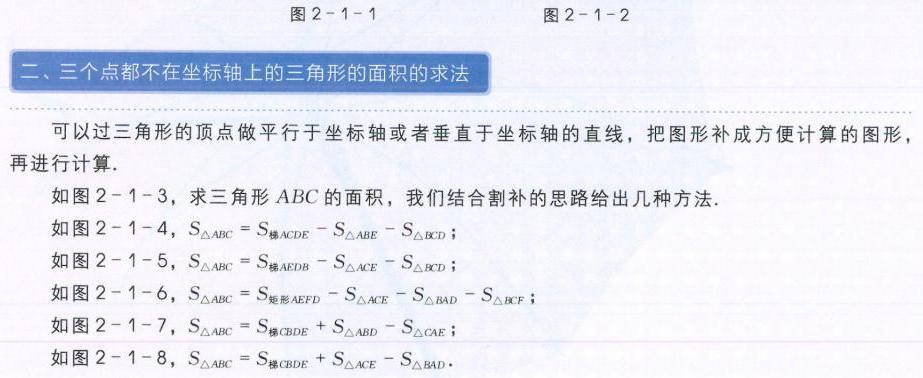
### 二、三个点都不在坐标轴上的三角形的面积的求法
可以过三角形的顶点做平行于坐标轴或者垂直于坐标轴的直线，把图形补成方便计算的图形，再进行计算.
如图2 - 1 - 3，求三角形 \(ABC\) 的面积，我们结合割补的思路给出几种方法.
如图2 - 1 - 4，\(S_{\triangle ABC}=S_{梯ACDE}-S_{\triangle ABE}-S_{\triangle BCD}\)；
如图2 - 1 - 5，\(S_{\triangle ABC}=S_{梯AEDB}-S_{\triangle ACE}-S_{\triangle BCD}\)；
如图2 - 1 - 6，\(S_{\triangle ABC}=S_{矩形AEFD}-S_{\triangle ACE}-S_{\triangle BAD}-S_{\triangle BCF}\)；
如图2 - 1 - 7，\(S_{\triangle ABC}=S_{梯CBDE}+S_{\triangle ABD}-S_{\triangle CAE}\)；
如图2 - 1 - 8，\(S_{\triangle ABC}=S_{梯CBDE}+S_{\triangle ACE}-S_{\triangle BAD}\).